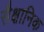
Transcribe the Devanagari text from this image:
सैक्षानिक